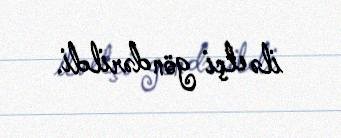
ilə elçi göndərildi.